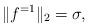
LaTeX: \begin{align*} \| f^{=1} \|_2 = \sigma , \end{align*}